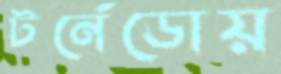
টর্নেডোয়